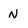
Character: N